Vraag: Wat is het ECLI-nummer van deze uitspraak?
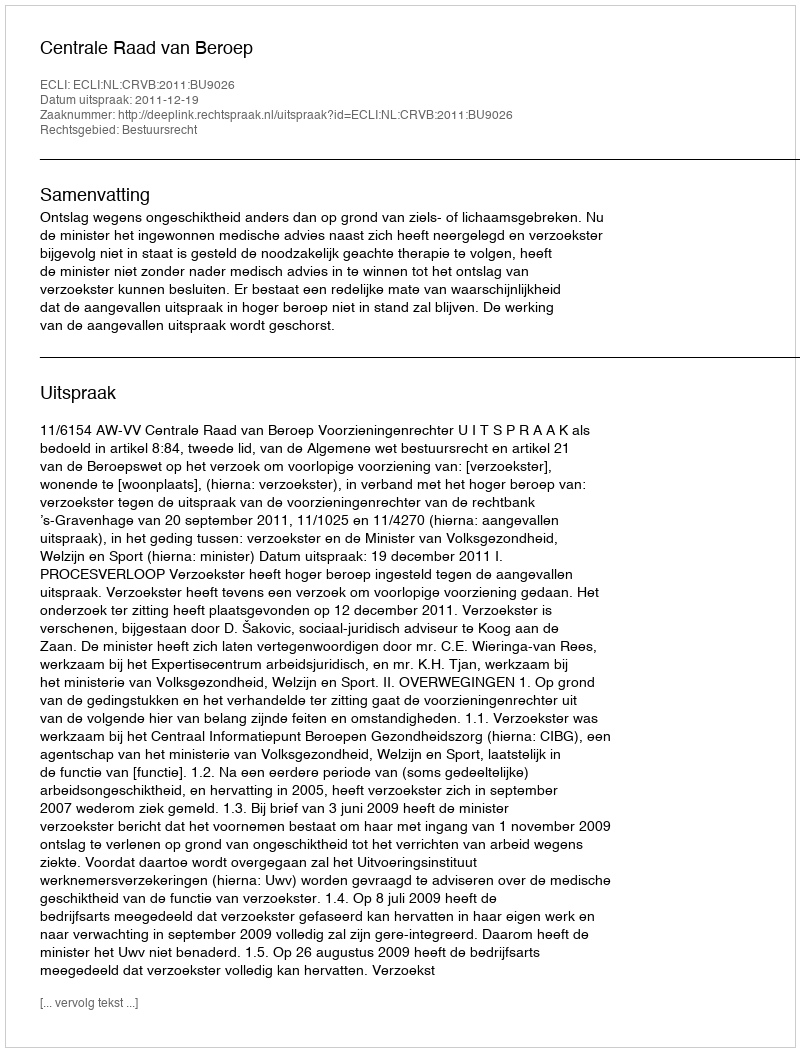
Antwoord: ECLI:NL:CRVB:2011:BU9026